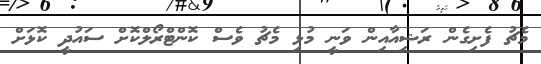
މެޗު ފެށިގެން ރަޝިއާއިން ވަނީ މުޅި މެޗު ވެސް ކޮންޓްރޯލްކޮށް ސައުދީ ކޮޅަށް